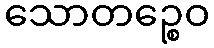
သောတဉ္စေဝ